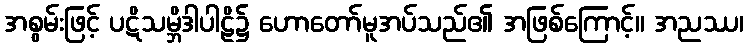
အစွမ်းဖြင့် ပဋိသမ္ဘိဒါပါဠိ၌ ဟောတော်မူအပ်သည်၏ အဖြစ်ကြောင့်။ အညဿ၊